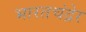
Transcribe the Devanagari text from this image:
भारतचंद्रेर